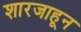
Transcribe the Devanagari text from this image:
शारजाहून